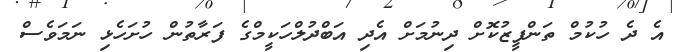
އެ ދެ ހުކުމް ތަންފީޒުކޮށް ދިނުމަށް އެދި އަބްދުލްހަކީމްގެ ފަރާތުން ހުށަހެޅި ނަމަވެސް